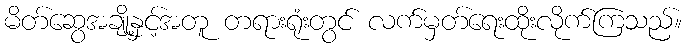
မိတ်ဆွေအချို့နှင့်အတူ တရားရုံးတွင် လက်မှတ်ရေးထိုးလိုက်ကြသည်။